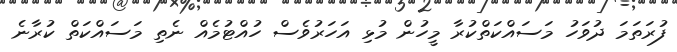
ފުރަތަމަ ދުވަހު މަސައްކަތްކުރާ މީހުން މުޅި އަހަރުވެސް ހުއްޓުމެއް ނެތި މަސައްކަތް ކުރާނެ